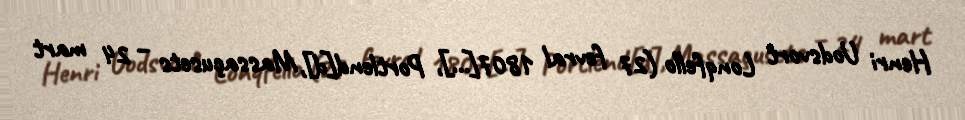
Henri Uodsvort Lonqfello (27 fevral 1807[…], Portlend[d], Massaçusets – 24 mart